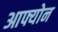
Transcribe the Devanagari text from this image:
आफ्योन